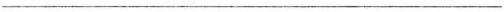
___